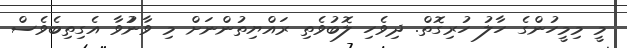
މީ މިމީހުންގެ ހާލު ހުރިގޮތް. ދިވެހި ލޮބުވެތި ރައްޔިތުންނަށް މި ވާނުުވާ އެގިތިބެވެސް